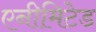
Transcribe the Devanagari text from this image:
एनीमिटेड